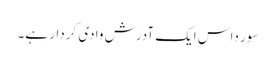
سور داس ایک آدرش وادی کردار ہے۔